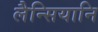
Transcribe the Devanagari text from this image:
लैन्सियानि